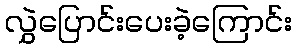
လွှဲပြောင်းပေးခဲ့ကြောင်း